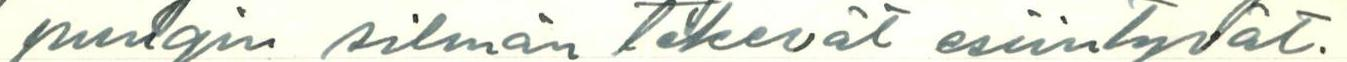
pungin silmän tekevät esiintyvät.